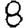
Digit: 8